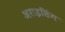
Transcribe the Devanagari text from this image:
अराइसिंग